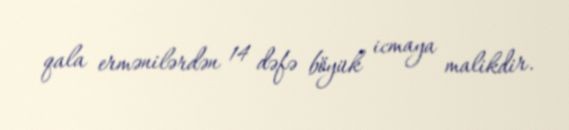
qala ermənilərdən 14 dəfə böyük icmaya malikdir.